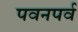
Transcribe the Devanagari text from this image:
पवनपर्व